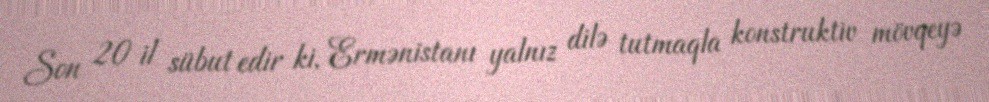
Son 20 il sübut edir ki, Ermənistanı yalnız dilə tutmaqla konstruktiv mövqeyə